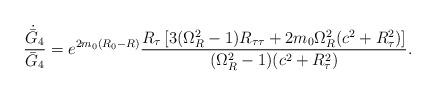
LaTeX: \begin{align*}{\dot{\bar{G}}_4\over\bar{G}_4}=e^{2m_0(R_0-R)}{{R_{\tau}\left[3(\Omega^2_R-1)R_{\tau\tau}+2m_0\Omega^2_R(c^2+R^2_{\tau})\right]}\over{(\Omega^2_R-1)(c^2+R^2_{\tau})}}.\end{align*}